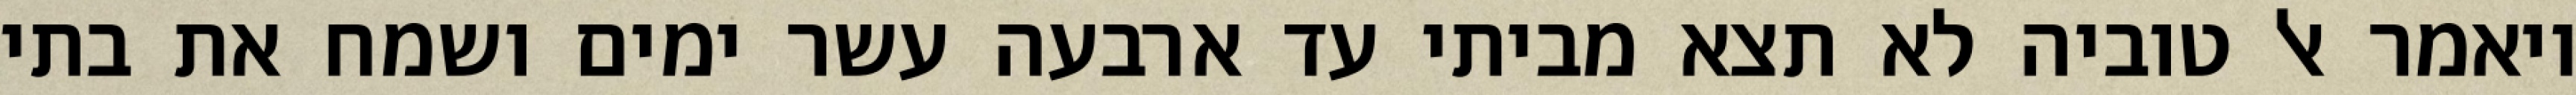
ויאמר אל טוביה לא תצא מביתי עד ארבעה עשר ימים ושמח את בתי